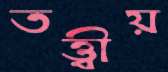
তত্ত্বীয়